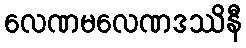
လေဏမလေဏဒဿိနီ